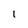
Character: i